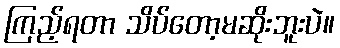
ကြည့်ရတာ သိပ်တော့မဆိုးဘူးပဲ။